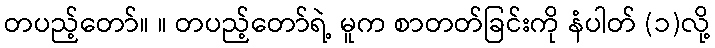
တပည့်တော်။ ။ တပည့်တော်ရဲ့ မူက စာတတ်ခြင်းကို နံပါတ် (၁)လို့